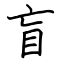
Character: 盲